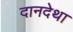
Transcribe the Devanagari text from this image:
दानदेथा